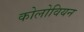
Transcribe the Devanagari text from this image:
कोलोवियन